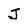
Character: J